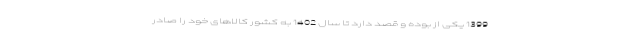
1399 یکی از بوده و قصد دارد تا سال 1402 به کشور کالاهای خود را صادر